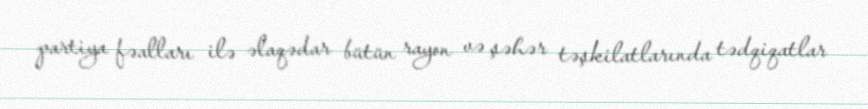
partiya fəalları ilə əlaqədar bütün rayon və şəhər təşkilatlarında tədqiqatlar